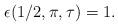
LaTeX: \begin{align*}\epsilon(1/2,\pi,\tau)=1.\end{align*}